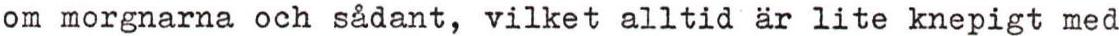
om morgnarna och sådant, vilket alltid är lite knepigt med